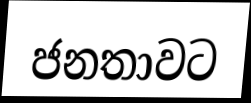
ජනතාවට